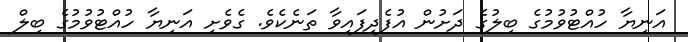
އަނިޔާ ހުއްޓުވުމުގެ ބިލުގެ ދަށުން އުފެދިފައިވާ ތަނެކެވެ. ގެވެށި އަނިޔާ ހުއްޓުވުމުގެ ބިލް